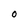
Character: O